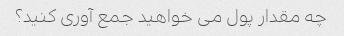
چه مقدار پول می خواهید جمع آوری کنید؟